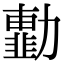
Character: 𠢾